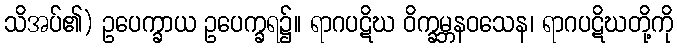
သိအပ်၏) ဥပေက္ခာယ ဥပေက္ခရ၌။ ရာဂပဋိဃ ဝိက္ခမ္ဘနဝသေန၊ ရာဂပဋိဃတို့ကို